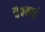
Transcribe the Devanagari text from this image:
दैवताची